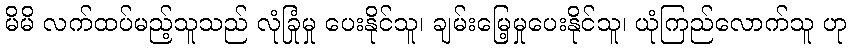
မိမိ လက်ထပ်မည့်သူသည် လုံခြုံမှု ပေးနိုင်သူ၊ ချမ်းမြေ့မှုပေးနိုင်သူ၊ ယုံကြည်လောက်သူ ဟု